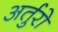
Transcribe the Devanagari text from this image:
अर्तुरो